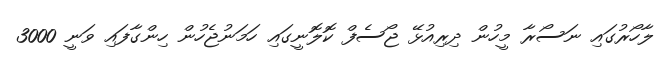
ލާހޯރުގައި ނަސޯރާ މީހުން ދިރިއުޅޭ ޖޯސެފް ކޮލޮނީގައި ހަމަނުޖެހުން ހިންގާފައި ވަނީ 3000